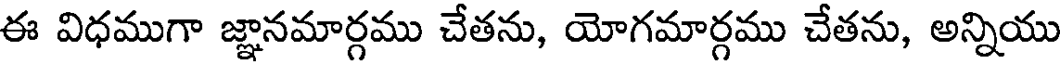
ఈ విధముగా జ్ఞానమార్గము చేతను, యోగమార్గము చేతను, అన్నియు